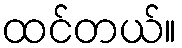
ထင်တယ်။